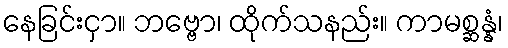
နေခြင်းငှာ။ ဘဗ္ဗော၊ ထိုက်သနည်း။ ကာမစ္ဆန္နံ၊